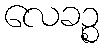
လေခဉ္စ